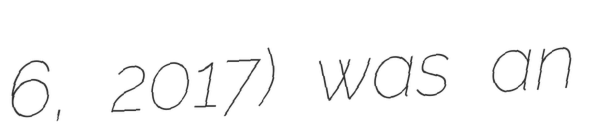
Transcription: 6, 2017) was an